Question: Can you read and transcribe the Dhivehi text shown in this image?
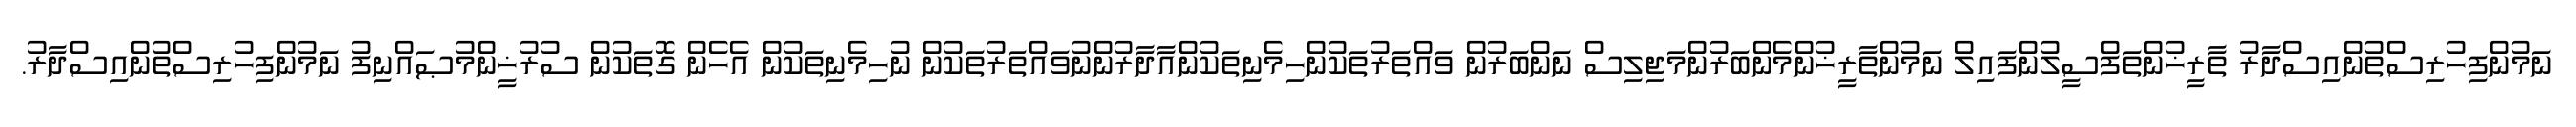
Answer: ނަމުންފިހުރިސްތުންއިސްދާރު ތާރީޚުންތަފްސީލުންފައިލް ނަމުންތާރީޚުންމެންބަރުންމަޖިލިސް ނަންބަރުން ވައްތަރުތަކުންހިމެނިތަކުންއާދާރުންނުވައްތަރުތަކުން ނުހިމެނިތަކުން އެހެން ގޮތަކުން ސުރުޚީންމުޞައްނިފު ނަމުންފިހުރިސްތުންއިސްދާރު.